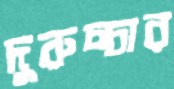
দুরুচ্চার